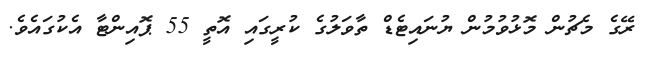
ރޭގެ މެޗުން މޮޅުވުމުން ޔުނައިޓެޑް ތާވަލުގެ ކުރީގައި އޮތީ 55 ޕޮއިންޓާ އެކުގައެވެ.